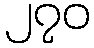
၂၇၀